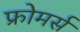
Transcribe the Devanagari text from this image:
फ्रोमर्स